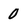
Character: 0